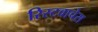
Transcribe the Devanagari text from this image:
रिस्टवाचेस